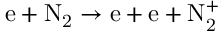
\mathrm { e + N _ { 2 } \to e + e + N _ { 2 } ^ { + } }